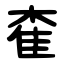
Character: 㮅